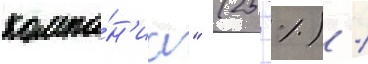
компа́н'иа" (25 %) /